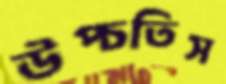
উপ্‌চতিস